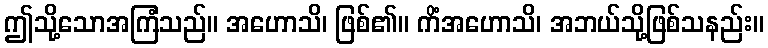
ဤသို့သောအကြံသည်။ အဟောသိ၊ ဖြစ်၏။ ကိံအဟောသိ၊ အဘယ်သို့ဖြစ်သနည်း။